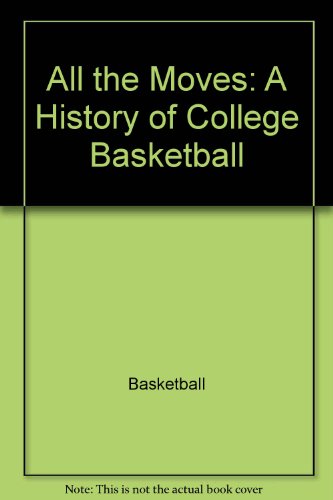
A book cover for All the moves: A history of college basketball (Harper colophon books); Neil David Isaacs; Sports & Outdoors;